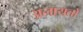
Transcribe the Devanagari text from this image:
अलायतों